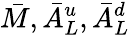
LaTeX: \bar{M},\bar{A}_{L}^{u},\bar{A}_{L}^{d}